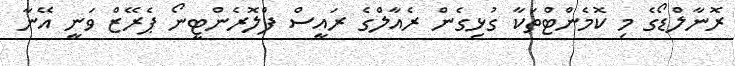
ރޮނާލްޑޯގެ މި ކޮމެންޓްތަކާ ގުޅިގެން ރެއާލްގެ ރައީސް ފްލޮރެންޓީނޯ ޕެރޭޒް ވަނީ އޭނާ